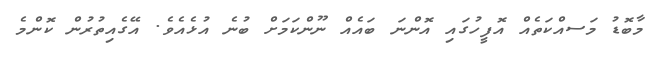
މާބޮޑު މަސއްކަތެއް އޮފީހުގައި އޮންނަ ބައެއް ނޫންކަމަށް ބުނެ އުޅެއެވެ. އޭގެއިތުރުން ކޮންމެ